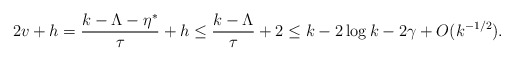
\begin{align*}2v+h=\frac{k-\Lambda-\eta^*}{\tau}+h\le \frac{k-\Lambda}{\tau}+2\le k-2\log k-2\gamma+O(k^{-1/2}).\end{align*}